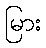
မြား